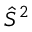
\hat { S } ^ { 2 }